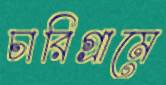
চারিগ্রামে